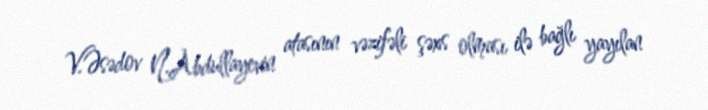
V.Əsədov N.Abdullayevin atasının vəzifəli şəxs olması ilə bağlı yayılan